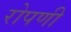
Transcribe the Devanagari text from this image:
रोपणी